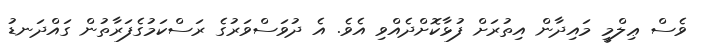
ވެސް ޢިލްމީ މައިދާން އިތުރަށް ފުޅާކޮށްދެއްވި އެވެ. އެ ދުވަސްވަރުގެ ރަސްކަމުގެފަރާތުން ގައްދަނޑު